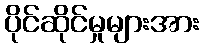
ပိုင်ဆိုင်မှုများအား